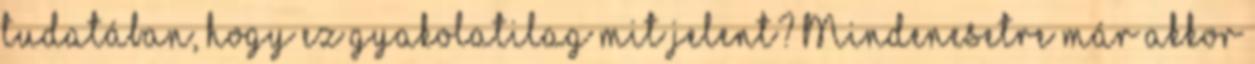
tudatában, hogy ez gyakolatilag mit jelent? Mindenesetre már akkor